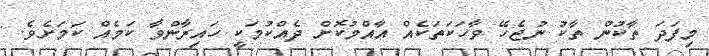
މިފަދަ ތާކުން ތާކު ނުޖެހޭ ވާހަކަތަކެއް އާއްމުކޮށް ދެއްކުމަކީ ހައިރާންވާ ކަމެއް ކަމަށެވެ.